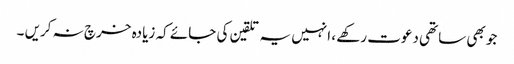
جو بھی ساتھی دعوت رکھے ، انہیں یہ تلقین کی جائے کہ زیادہ خرچ نہ کریں ۔